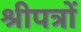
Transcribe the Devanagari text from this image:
श्रीपत्रों